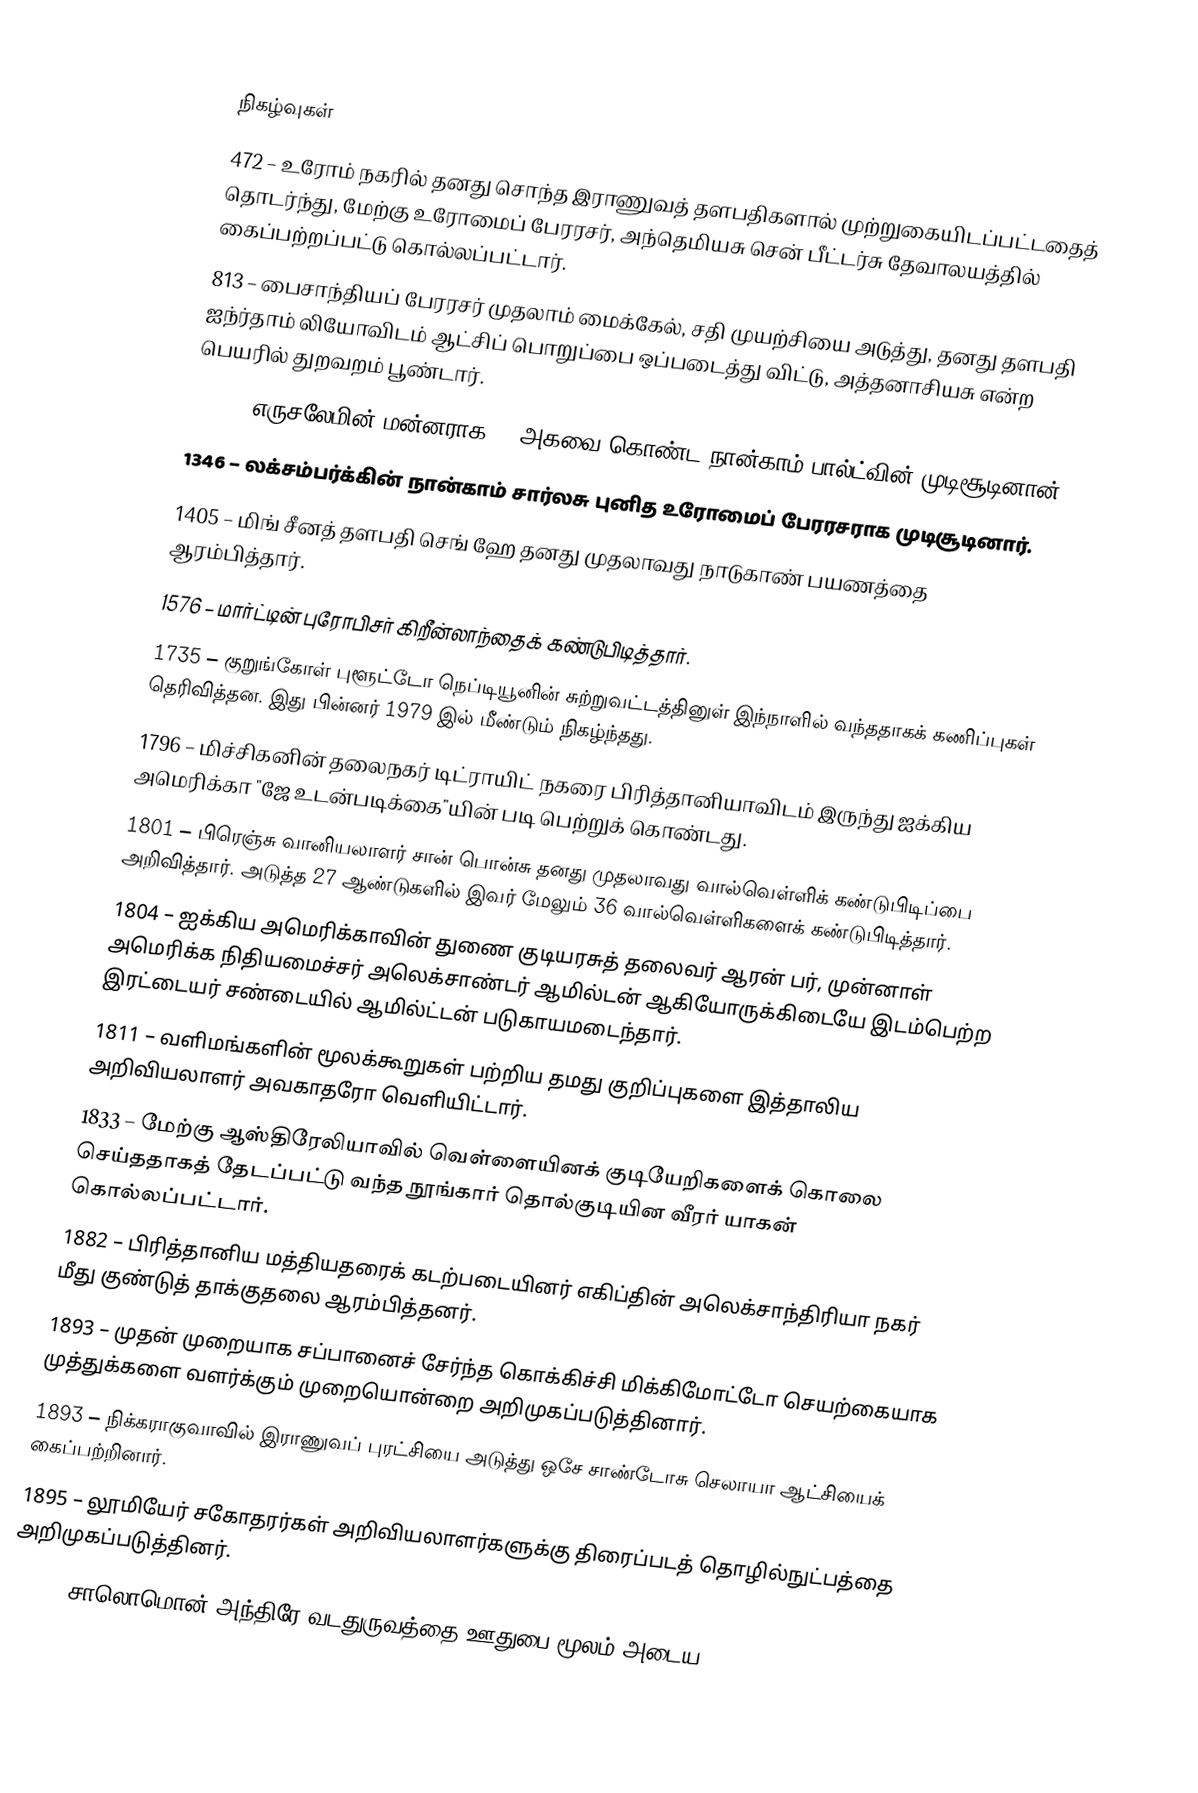

நிகழ்வுகள்
 472 – உரோம் நகரில் தனது சொந்த இராணுவத் தளபதிகளால் முற்றுகையிடப்பட்டதைத் தொடர்ந்து, மேற்கு உரோமைப் பேரரசர், அந்தெமியசு சென் பீட்டர்சு தேவாலயத்தில் கைப்பற்றப்பட்டு கொல்லப்பட்டார்.
 813 – பைசாந்தியப் பேரரசர் முதலாம் மைக்கேல், சதி முயற்சியை அடுத்து, தனது தளபதி ஐந்ர்தாம் லியோவிடம் ஆட்சிப் பொறுப்பை ஒப்படைத்து விட்டு, அத்தனாசியசு என்ற பெயரில் துறவறம் பூண்டார்.
1174 – எருசலேமின் மன்னராக 13 அகவை கொண்ட நான்காம் பால்ட்வின் முடிசூடினான்.
1346 – லக்சம்பர்க்கின் நான்காம் சார்லசு புனித உரோமைப் பேரரசராக முடிசூடினார்.
1405 – மிங் சீனத் தளபதி செங் ஹே தனது முதலாவது நாடுகாண் பயணத்தை ஆரம்பித்தார்.
1576 – மார்ட்டின் புரோபிசர் கிறீன்லாந்தைக் கண்டுபிடித்தார்.
1735 – குறுங்கோள் புளூட்டோ நெப்டியூனின் சுற்றுவட்டத்தினுள் இந்நாளில் வந்ததாகக் கணிப்புகள் தெரிவித்தன. இது பின்னர் 1979 இல் மீண்டும் நிகழ்ந்தது.
1796 – மிச்சிகனின் தலைநகர் டிட்ராயிட் நகரை பிரித்தானியாவிடம் இருந்து ஐக்கிய அமெரிக்கா "ஜே உடன்படிக்கை"யின் படி பெற்றுக் கொண்டது.
1801 – பிரெஞ்சு வானியலாளர் சான் பொன்சு தனது முதலாவது வால்வெள்ளிக் கண்டுபிடிப்பை அறிவித்தார். அடுத்த 27 ஆண்டுகளில் இவர் மேலும் 36 வால்வெள்ளிகளைக் கண்டுபிடித்தார்.
1804 – ஐக்கிய அமெரிக்காவின் துணை குடியரசுத் தலைவர் ஆரன் பர், முன்னாள் அமெரிக்க நிதியமைச்சர் அலெக்சாண்டர் ஆமில்டன் ஆகியோருக்கிடையே இடம்பெற்ற இரட்டையர் சண்டையில் ஆமில்ட்டன் படுகாயமடைந்தார்.
1811 – வளிமங்களின் மூலக்கூறுகள் பற்றிய தமது குறிப்புகளை இத்தாலிய அறிவியலாளர் அவகாதரோ வெளியிட்டார்.
1833 – மேற்கு ஆஸ்திரேலியாவில் வெள்ளையினக் குடியேறிகளைக் கொலை செய்ததாகத் தேடப்பட்டு வந்த நூங்கார் தொல்குடியின வீரர் யாகன் கொல்லப்பட்டார்.
1882 – பிரித்தானிய மத்தியதரைக் கடற்படையினர் எகிப்தின் அலெக்சாந்திரியா நகர் மீது குண்டுத் தாக்குதலை ஆரம்பித்தனர்.
1893 – முதன் முறையாக சப்பானைச் சேர்ந்த கொக்கிச்சி மிக்கிமோட்டோ செயற்கையாக முத்துக்களை வளர்க்கும் முறையொன்றை அறிமுகப்படுத்தினார்.
1893 – நிக்கராகுவாவில் இராணுவப் புரட்சியை அடுத்து ஒசே சாண்டோசு செலாயா ஆட்சியைக் கைப்பற்றினார்.
1895 – லூமியேர் சகோதரர்கள் அறிவியலாளர்களுக்கு திரைப்படத் தொழில்நுட்பத்தை அறிமுகப்படுத்தினர்.
1897 – சாலொமொன் அந்திரே வடதுருவத்தை ஊதுபை மூலம் அடைய